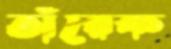
তাঁরেক